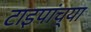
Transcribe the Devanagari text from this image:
टाइपांच्या